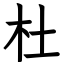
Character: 杜